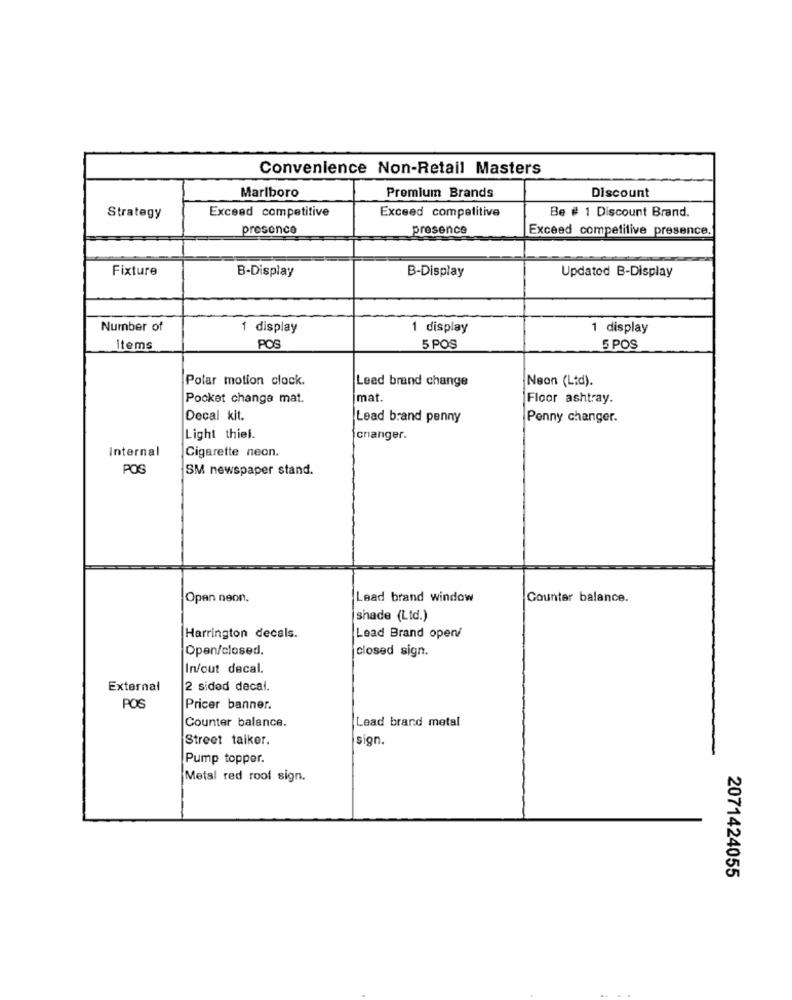
Convenience Non-Retail Masters
Marlboro
Discount
Premium Brands
Be # 1 Discount Brand.
Strategy
Exceed competitive
Exceed competitive
presence
presence
Exceed competitive presence.
Fixture
B-Display
B-Display
Updated B-Display
Number of
1 display
1 display
1 display
Items
POS
5 POS
5 POS
Polar motion clock.
Neon (Lid).
Lead brand change
Pocket change mat.
mat
Floor ashtray.
Decal kit.
Lead brand penny
Penny changer.
Light thiel.
changer.
Internal
Cigarette neon.
POS
SM newspaper stand.
Open neon.
Lead brand window
Counter balance.
Shade (Ltd.)
Harrington decals.
Lead Brand open
Open/closed.
closed sign.
In/out decal.
External
2 sided decal.
POS
Pricer banner.
Lead brand metal
Counter balance.
Street taiker.
sign.
Pump topper.
Metal red roof sign.
2071424055